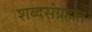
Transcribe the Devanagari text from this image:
शब्दसंग्रहात